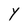
Character: Y